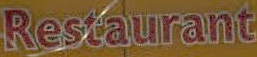
Restaurant